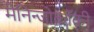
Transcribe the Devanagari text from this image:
मेनिन्जोकॉकी